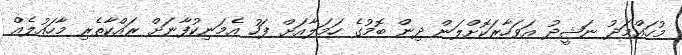
މުހައްމަދު ނަޝީދު އަވަހާރަކޮށްލަން ދިން ބޮމުގެ ހަމަލާއަށް ފަހު އެމަނިކުފާނަށް ރައްކާތެރި މާހައުލެއް